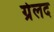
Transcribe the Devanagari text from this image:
ग्रेलद